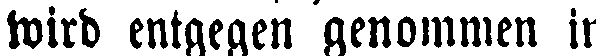
wird entgegen genommen in